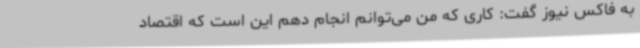
به فاکس نیوز گفت: کاری که من می‌توانم انجام دهم این است که اقتصاد